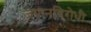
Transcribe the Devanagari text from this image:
जपानविरोधी